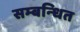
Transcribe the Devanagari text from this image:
सम्‍बन्‍धित